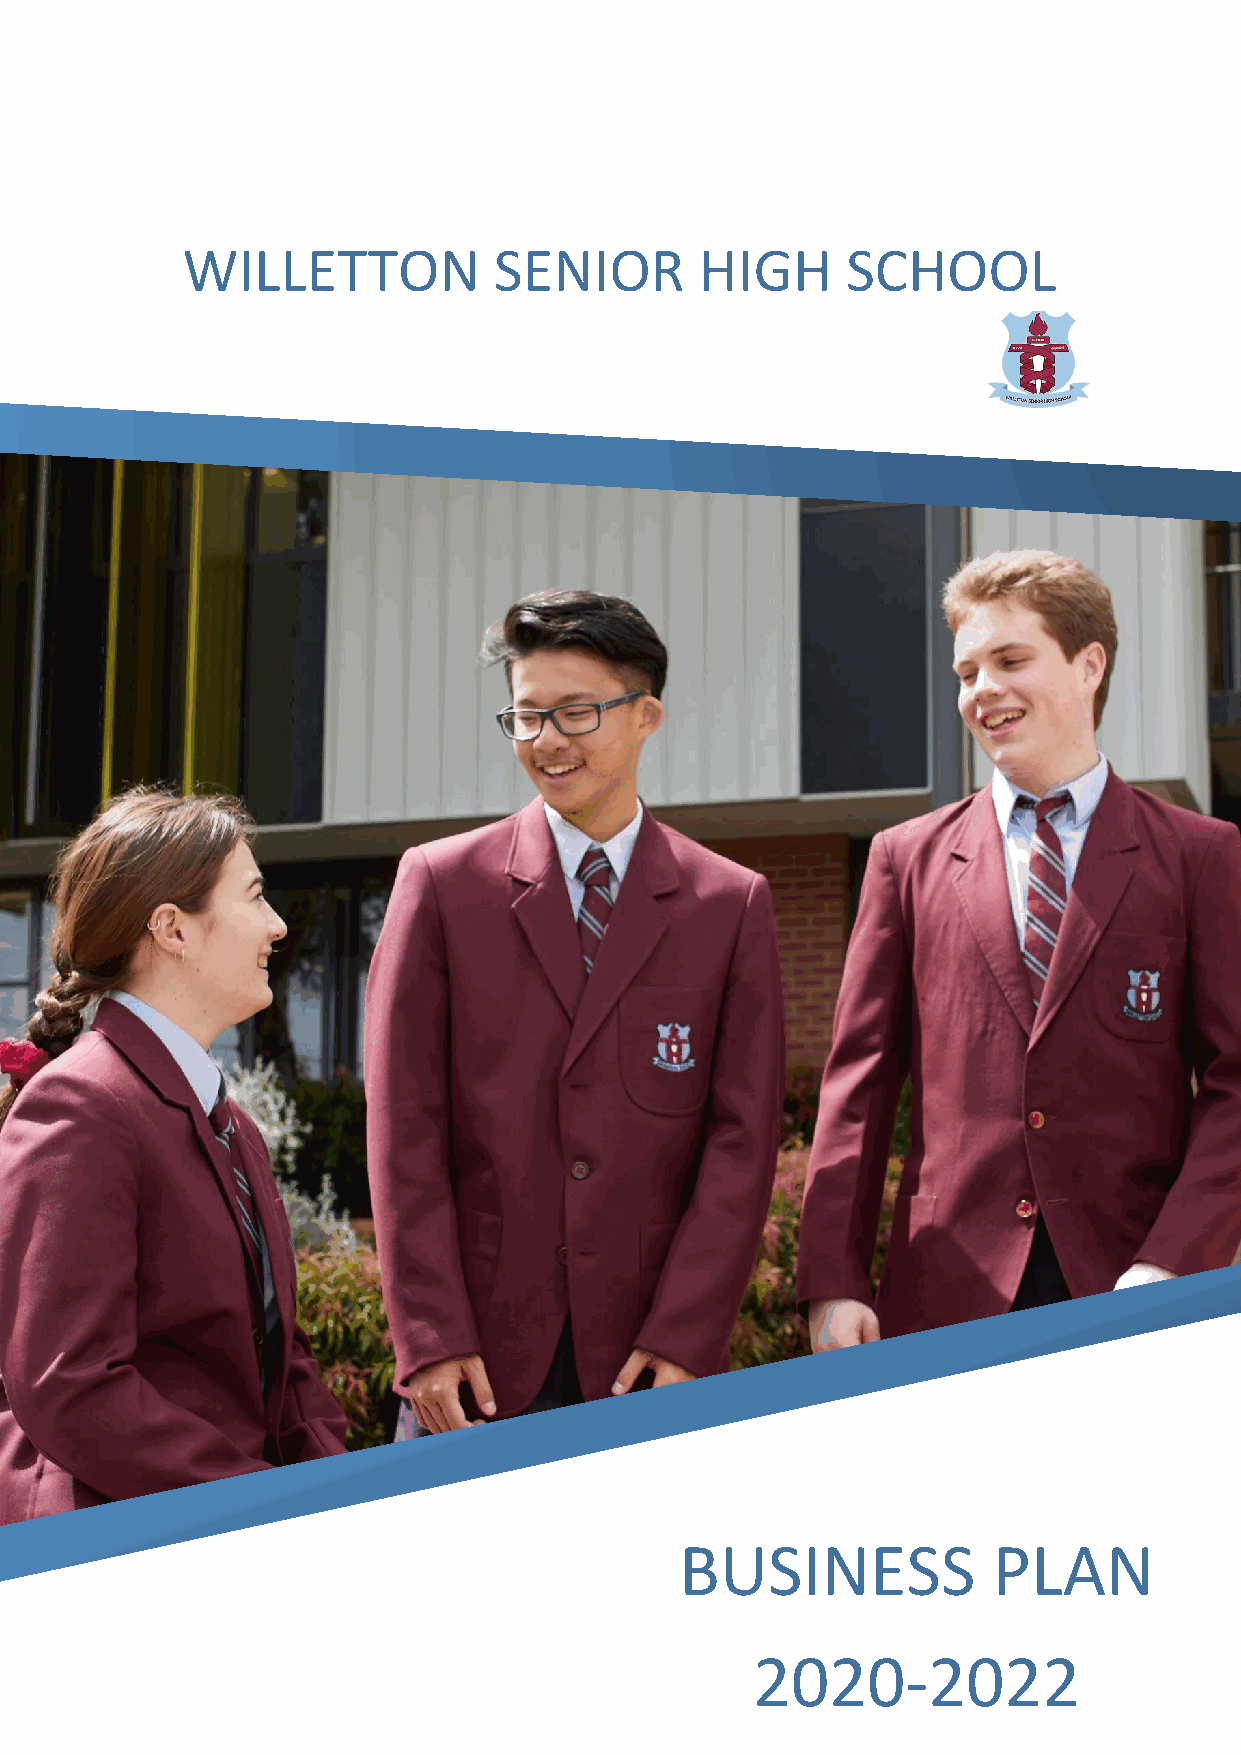
su
 WILLETTON            SENIOR       HIGH      SCHOOL
 BUSINESS             PLAN
 2020-2022